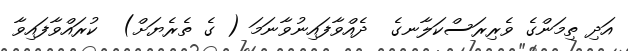
އަދި ތިމަންގެ ވެރިރަސްކަލާނގެ  ދެއްވާފައިނުވާނަމަ ( ގެ ތެރެޔަށް)  ކުރައްވާފައިވާ